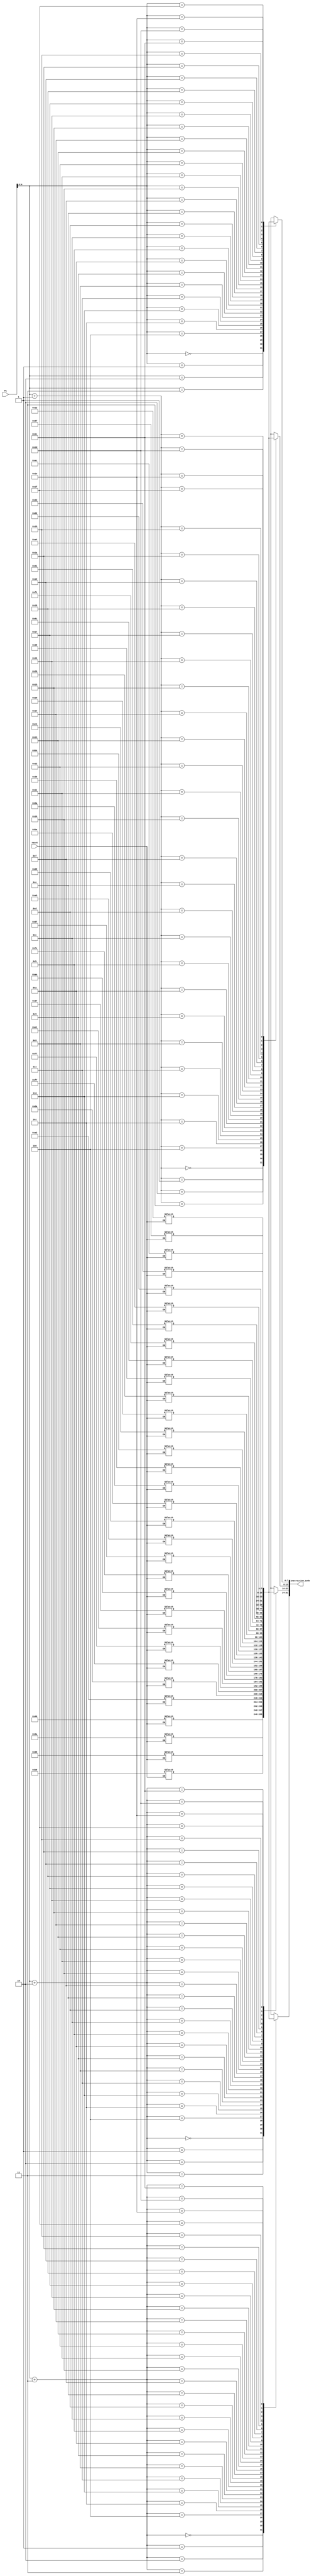
module instr_mem(
    input [31:0] PC,
    input reset,
    output [31:0] Instruction_Code
);
    reg [7:0] Memory [31:0]; // 32-location byte addressable memory

    // In the case of regular operation (reset = 0), we designate the initial code according to PC
    assign Instruction_Code = {Memory[PC+3],Memory[PC+2],Memory[PC+1],Memory[PC]};

     // Establishing memory when a reset is applicable
    always @(reset)
    begin
        if(reset == 1)
        begin
            // Setting 32-bit instruction: add t1, s0,s1 => 0xb8989a40 
            Memory[3] = 8'hb8;
            Memory[2] = 8'h98;
            Memory[1] = 8'h9a;
            Memory[0] = 8'h40;
            // Setting 32-bit instruction: sub t2, s2, s3 => 0x77f7daa2
            Memory[7] = 8'h77;
            Memory[6] = 8'hf7;
            Memory[5] = 8'hda;
            Memory[4] = 8'ha2;
            // Setting 32-bit instruction: mul t0, s4, s5 => 0x7eae37e1
            Memory[11] = 8'h7e;
            Memory[10] = 8'hae;
            Memory[9] = 8'h37;
            Memory[8] = 8'he1;
            // Setting 32-bit instruction: xor t3, s6, s7 => 0xbad9ab6f
            Memory[15] = 8'hba;
            Memory[14] = 8'hd9;
            Memory[13] = 8'hab;
            Memory[12] = 8'h6f;
            // Setting 32-bit instruction: sll t4, s8, s9 => 0xc4be365a
            Memory[19] = 8'hc4;
            Memory[18] = 8'hbe;
            Memory[17] = 8'h36;
            Memory[16] = 8'h5a;
            // Setting 32-bit instruction: srl t5, s10, s11 => 0x4c382029 
            Memory[23] = 8'h4c;
            Memory[22] = 8'h38;
            Memory[21] = 8'h20;
            Memory[20] = 8'h29;
            // Setting 32-bit instruction: and t6, a2, a3 => 0xd2a441f1
            Memory[27] = 8'hd2;
            Memory[26] = 8'ha4;
            Memory[25] = 8'h41;
            Memory[24] = 8'hf1;
            // Setting 32-bit instruction: or a7, a4, a5 => 0x43ac6712
            Memory[31] = 8'h43;
            Memory[30] = 8'hac;
            Memory[29] = 8'h67;
            Memory[28] = 8'h12;
        end
    end

endmodule